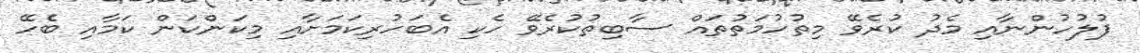
ފުލުހުންނާއި މެދު ކުރެވޭ މިތުހުމަތުތައް ސާބިތުކުރެވޭ ހެކި އެބަހުރިކަމަށާއި މިކަންކަން ކަމާއި ބެހޭ